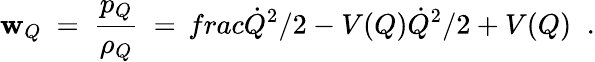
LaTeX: \mathbf{w}_{Q}\ =\ \frac{{p_{Q}}}{{\rho_{Q}}}\ =\, frac{\dot{{Q}}^{2}/2-V(Q)}{\dot{{Q}}^{2}/2+V(Q)}\; \; .